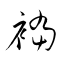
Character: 襠